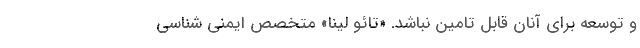
و توسعه برای آنان قابل تامین نباشد. «تائو لینا» متخصص ایمنی شناسی